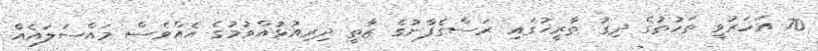
70 އަހަރުވީ ތަހުތުގެ ދިގު ތާރީޚުގައި ރަސްގެފާނުގެ ޒާތީ ދިރިއުޅުއްވުމުގެ އެއްވެސް މައްސަލައެއް